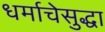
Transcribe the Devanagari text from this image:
धर्माचेसुद्धा